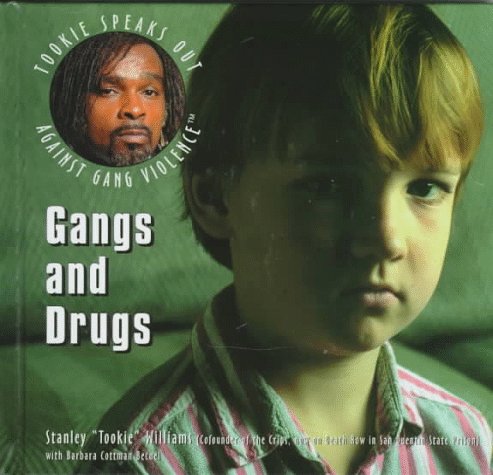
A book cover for Gangs and Drugs (Tookie Speaks Out Against Gang Violence); Stanley Tookie Williams; Children's Books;